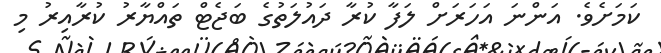
ކަމަށެވެ. އަންނަ އަހަރަށް ލަފާ ކުރާ ދައުލަތުގެ ބަޖެޓް ތައްޔާރު ކުރާއިރު މި